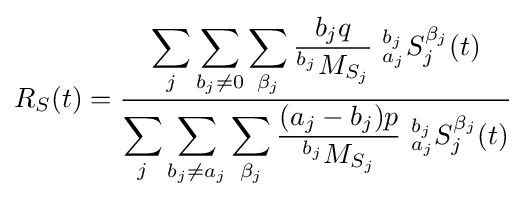
R_{S}(t)={\frac {\displaystyle \sum _{j}\sum _{b_{j}\neq 0}\sum _{\beta _{j}}{\frac {b_{j}q}{^{b_{j}}M_{S_{j}}}}\ {^{b_{j}}_{a_{j}}}S_{j}^{\beta _{j}}(t)}{\displaystyle \sum _{j}\sum _{b_{j}\neq a_{j}}\sum _{\beta _{j}}{\frac {(a_{j}-b_{j})p}{^{b_{j}}M_{S_{j}}}}\ {^{b_{j}}_{a_{j}}}S_{j}^{\beta _{j}}(t)}}